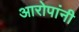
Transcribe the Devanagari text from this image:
आरोपांनी